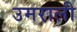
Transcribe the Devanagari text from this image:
उमराली